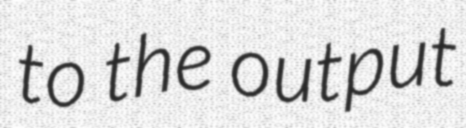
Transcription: to the output